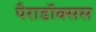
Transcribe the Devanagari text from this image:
पैराडॉक्सस